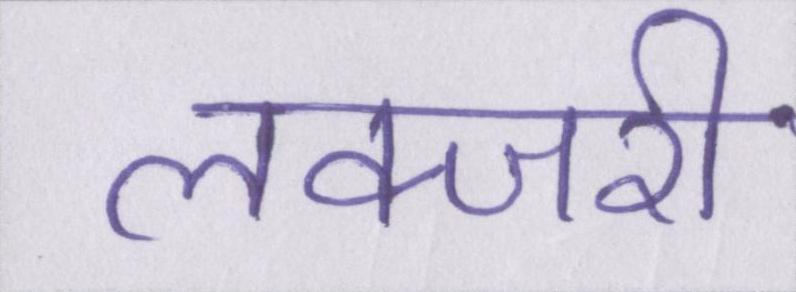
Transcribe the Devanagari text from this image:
लक्जरी